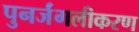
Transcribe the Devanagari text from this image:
पुनर्जंगलीकरण